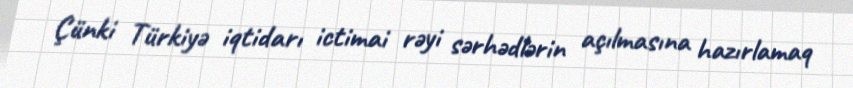
Çünki Türkiyə iqtidarı ictimai rəyi sərhədlərin açılmasına hazırlamaq